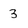
Character: 3